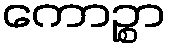
ကောဉ္စာ